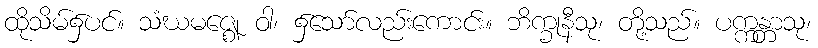
ထိုသိမ်၌ပင်။ သံဃမဇ္ဈေ ဝါ၊ ၌သော်လည်းကောင်း။ ဘိက္ခုနီသု၊ တို့သည်။ ပက္ကန္တာသု၊